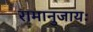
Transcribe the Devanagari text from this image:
रामानुजायः